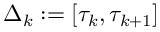
\Delta _ { k } : = [ \tau _ { k } , \tau _ { k + 1 } ]